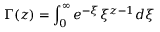
\Gamma ( z ) = \int _ { 0 } ^ { \infty } e ^ { - \xi } \xi ^ { z - 1 } d \xi